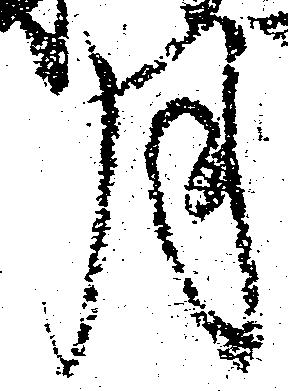
月